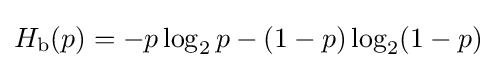
H_{\mathrm {b} }(p)=-p\log _{2}p-(1-p)\log _{2}(1-p)